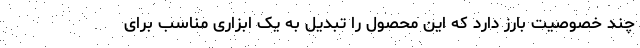
چند خصوصیت بارز دارد که این محصول را تبدیل به یک ابزاری مناسب برای